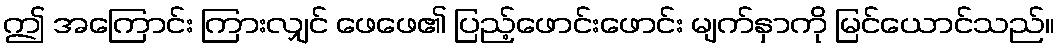
ဤ အကြောင်း ကြားလျှင် ဖေဖေ၏ ပြည့်ဖောင်းဖောင်း မျက်နှာကို မြင်ယောင်သည်။